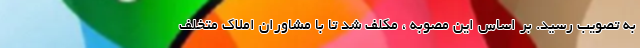
به تصویب رسید. بر اساس این مصوبه ، مکلف شد تا با مشاوران املاک متخلف